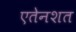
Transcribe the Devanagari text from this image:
एतेनशत